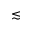
\lesssim